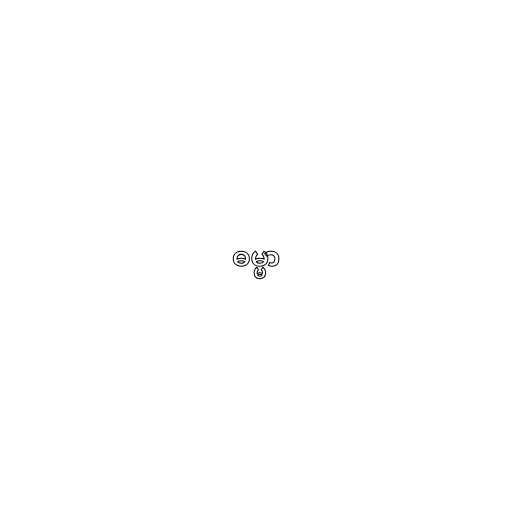
ဓမ္မာ